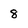
Character: 8